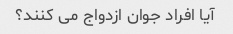
آیا افراد جوان ازدواج می کنند؟